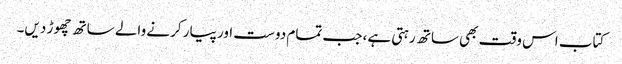
کتاب اس وقت بھی ساتھ رہتی ہے، جب تمام دوست اور پیار کرنے والے ساتھ چھوڑ دیں۔